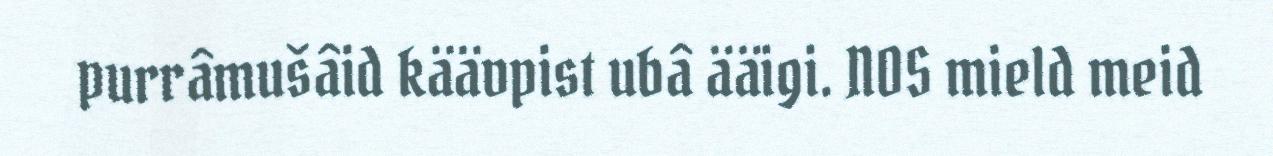
purrâmušâid käävpist ubâ ääigi. NOS mield meid